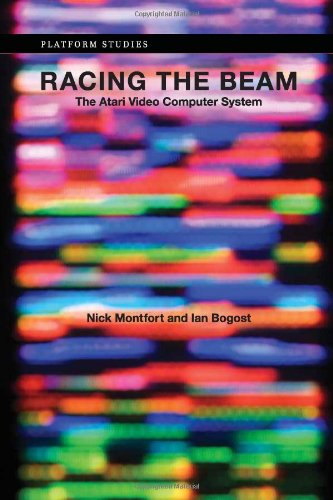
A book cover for Racing the Beam: The Atari Video Computer System (Platform Studies); Nick Montfort; Computers & Technology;